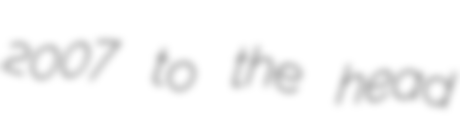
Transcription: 2007 to the head